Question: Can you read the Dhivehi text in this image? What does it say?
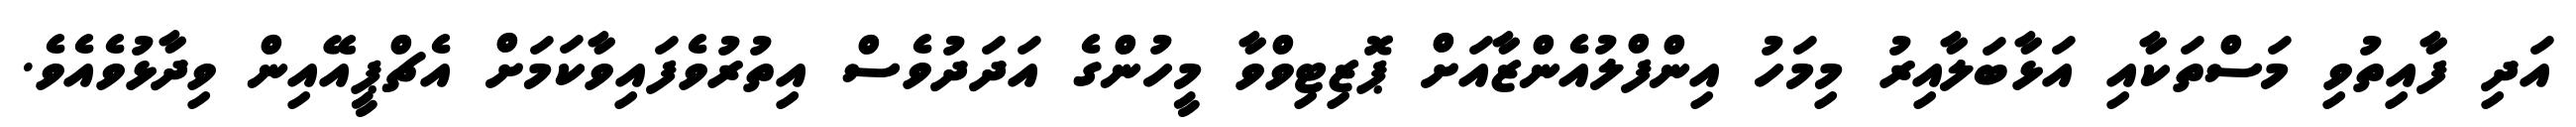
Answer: އަދި ފާއިތުވި މަސްތަކާއި އަޅާބަލާއިރު މިމަހު އިންފްލުއެންޒާއަށް ޕޮޒިޓިވްވާ މީހުންގެ އަދަދުވެސް އިތުރުވެފައިވާކަމަށް އެޗްޕީއޭއިން ވިދާޅުވެއެވެ.